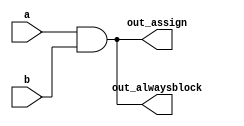
// synthesis verilog_input_version verilog_2001
module top_module(
    input a, 
    input b,
    output wire out_assign,
    output reg out_alwaysblock
);
    //For synthesizing hardware, two types of always blocks are relevant:
    //	Combinational: always @(*)
    //	Clocked: always @(posedge clk)
    //Combinational always blocks are equivalent to assign statements,

    // If you explicitly specify the sensitivity list and miss a signal, the synthesized hardware will still behave as though (*) was specified, 
    //but the simulation will not and not match the hardware's behaviour.
    //why is above??
	
    //A note on wire vs. reg: The left-hand-side of an assign statement must be a net type (e.g., wire), 
    //while the left-hand-side of a procedural assignment (in an always block) must be a variable type (e.g., reg). These types (wire vs. reg) have nothing to do with what hardware is synthesized,
    
    assign out_assign = a&&b;
    
    always @(*) begin
    	out_alwaysblock = a&&b;
    end
    
endmodule